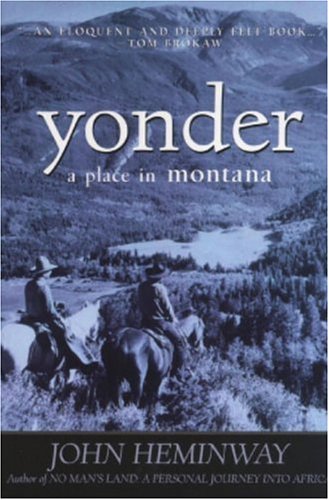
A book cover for Yonder: A Place in Montana (Adventure Press); John Heminway; Travel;